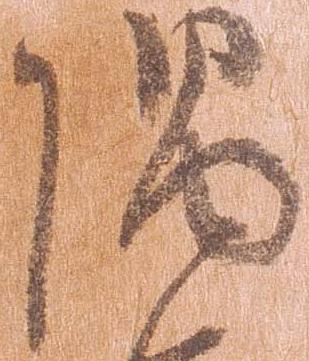
隅